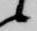
候